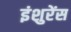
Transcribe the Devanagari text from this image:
इंशुरेंस